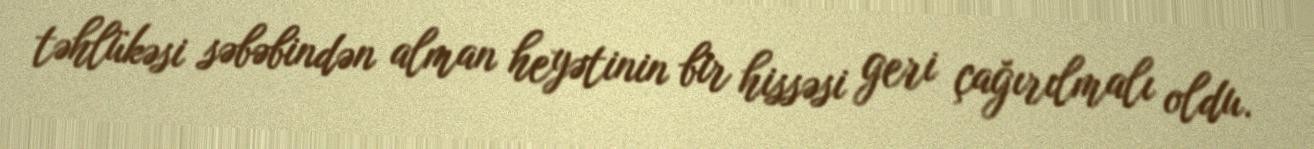
təhlükəsi səbəbindən alman heyətinin bir hissəsi geri çağırılmalı oldu.